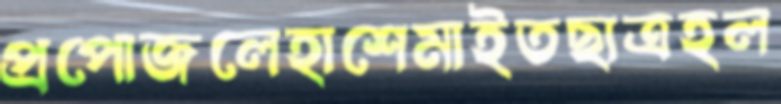
প্রপোজলেহাশেমাইতছাত্রহল